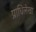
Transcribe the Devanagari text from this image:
प्राधिलेखा